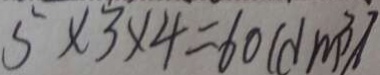
5 \times 3 \times 4 = 6 0 ( d m ^ { 3 } )